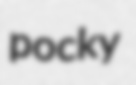
pocky